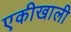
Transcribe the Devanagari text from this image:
एकीखाली